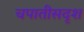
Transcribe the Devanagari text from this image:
चपातीसदृश